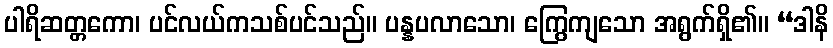
ပါရိဆတ္တကော၊ ပင်လယ်ကသစ်ပင်သည်။ ပန္နပလာသော၊ ကြွေကျသော အရွက်ရှိ၏။ “ဒါနိ